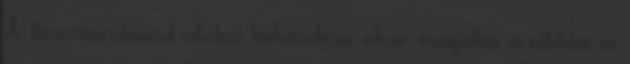
A hozzászólásod utolsó bekezdése akár magába a cikkbe is